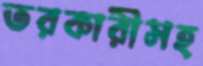
তরকারীসহ